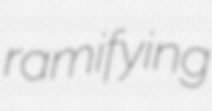
ramifying